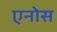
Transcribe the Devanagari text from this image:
एनोस